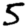
Digit: 5